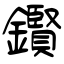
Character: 鑦